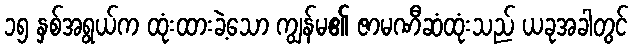
၁၅ နှစ်အရွယ်က ထုံးထားခဲ့သော ကျွန်မ၏ ဇာမဏီဆံထုံးသည် ယခုအခါတွင်